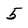
Character: 5